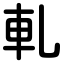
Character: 軋